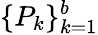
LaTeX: \{ P_{k}\} _{k=1}^{b}